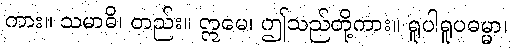
ကား။ သမာဓိ၊ တည်း။ ဣမေ၊ ဤသည်တို့ကား။ ရူပါရူပဓမ္မာ၊